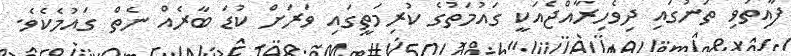
ފާއިތުވި ތަނުގައި ދިވެހިރާއްޖެއަކީ ގައުމަތުގެ ކުރިމަތީގައި ވަރަށް ކުޑަ ބާރެއް ނެތް ގައުމެކެވެ.